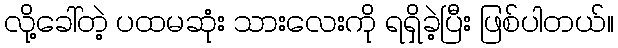
လို့ခေါ်တဲ့ ပထမဆုံး သားလေးကို ရရှိခဲ့ပြီး ဖြစ်ပါတယ်။